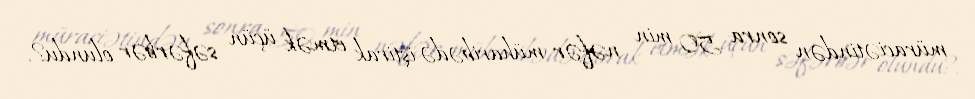
müraciətindən sonra 50 min nəfər müharibədə iştirak etmək üçün səfərbər olundu?.